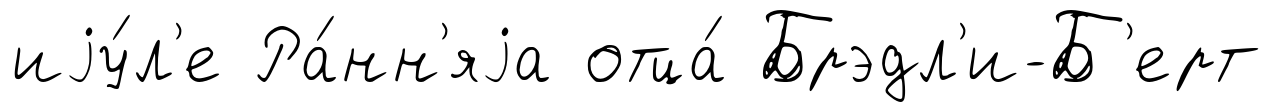
иjу́л'е Ра́нн'яjа отца́ Брэдл'и-Б'ерт